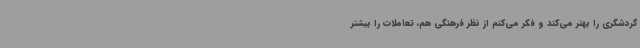
گردشگری را بهتر می‌کند و فکر می‌کنم از نظر فرهنگی هم، تعاملات را بیشتر